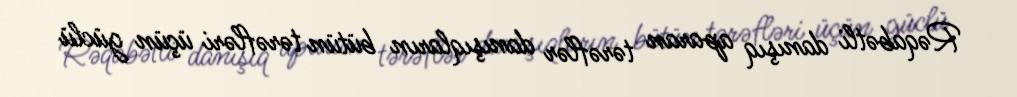
Rəqabətli danışıq aparan tərəflər danışıqların bütün tərəfləri üçün güclü